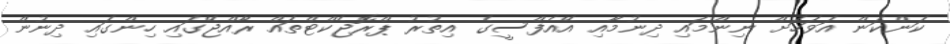
ކަންކަން އަވަހަށް ނިންމައި ދިނުމާއި އޭއެފްސީގެ އިތުރު ޕްރޮޖެކްޓްތައް ރާއްޖޭގައި ހިންގައި ދިނުން